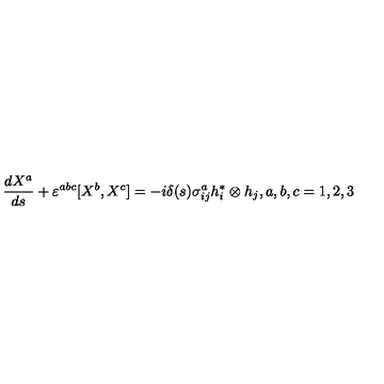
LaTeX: \frac { d X ^ { a } } { d s } + \varepsilon ^ { a b c } [ X ^ { b } , X ^ { c } ] = - i \delta ( s ) \sigma _ { i j } ^ { a } h _ { i } ^ { \ast } \otimes h _ { j } , a , b , c = 1 , 2 , 3